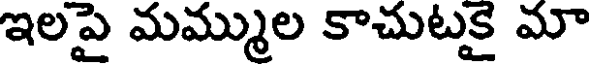
ఇలపై మమ్ముల కాచుటకై మా